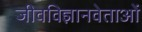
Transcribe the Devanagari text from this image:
जीवविज्ञानवेताओं